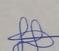
Signature authenticity: genuine